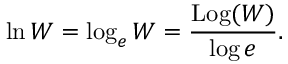
\ln W = \log _ { e } W = { \frac { \operatorname { L o g } ( W ) } { \log e } } .